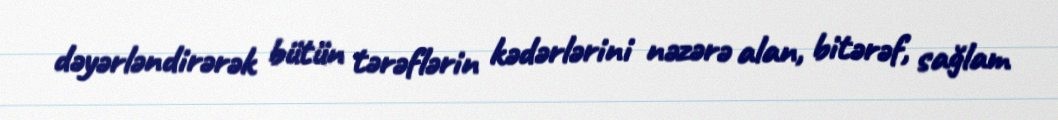
dəyərləndirərək bütün tərəflərin kədərlərini nəzərə alan, bitərəf, sağlam